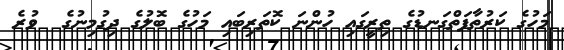
މަހުގެ ކަރުތާފަތްގަނޑުގެ ތިރީގައި ހުންނަ ކޮތަރިބައި މަހުގެ ބޮލުގެ ދިގުމިނުގެ  ވުރެ